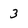
Character: 3